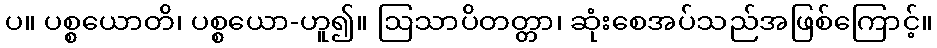
ပ။ ပစ္စယောတိ၊ ပစ္စယော-ဟူ၍။ ဩသာပိတတ္တာ၊ ဆုံးစေအပ်သည်အဖြစ်ကြောင့်။